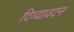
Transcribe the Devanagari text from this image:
दिव्‍यावदन